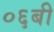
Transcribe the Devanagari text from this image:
०६बी